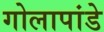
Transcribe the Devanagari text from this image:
गोलापांडे